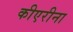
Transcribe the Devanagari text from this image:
कीएरीना